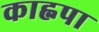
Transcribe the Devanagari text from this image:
काह्नपा